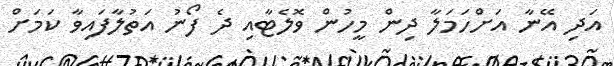
އަދި އޭނާ އަށްހަމަލާ ދިން މީހުން ވޮލެޓާއި ދެ ފޯނު އަތުލާފައިވާ ކަމަށް